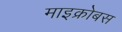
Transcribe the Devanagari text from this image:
माइक्रोबस